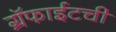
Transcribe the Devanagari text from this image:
ग्रॅफाईटची